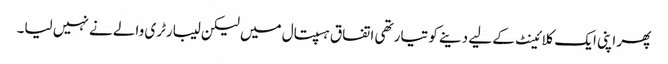
پھر اپنی ایک کلائینٹ کے لیے دینے کو تیار تھی اتفاق ہسپتال میں لیکن لیبارٹری والے نے نہیں لیا۔